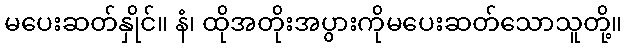
မပေးဆတ်နှိုင်။ နံ၊ ထိုအတိုးအပွားကိုမပေးဆတ်သောသူတို့။